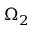
\Omega _ { 2 }